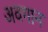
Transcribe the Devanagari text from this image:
अवगान